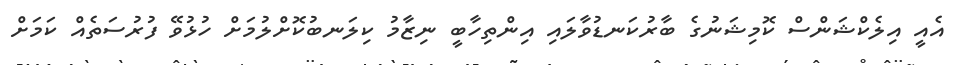
އެއީ އިލެކްޝަންސް ކޮމިޝަނުގެ ބާރުކަނޑުވާލައި އިންތިހާބީ ނިޒާމު ކިލަނބުކޮށްލުމަށް ހުޅުވޭ ފުރުސަތެއް ކަމަށް